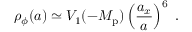
\rho _ { \phi } ( a ) \simeq V _ { 1 } ( - M _ { \mathrm { p } } ) \left( \frac { a _ { x } } { a } \right) ^ { 6 } \ .